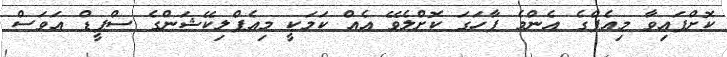
ކޮށްފައިވާ މިއެޕްގެ އެންމެ ފާހަގަ ކޮށްލެވޭ އެއް ކަމަކީ މިއެޕްލިކޭޝަންގެ ސްޕީޑް އަވަސް